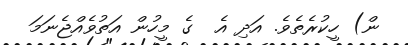
ން) ހީކުރެތެވެ. އަދި އެ  ގެ މީހުން އަތުވެއްޖެނަމަ